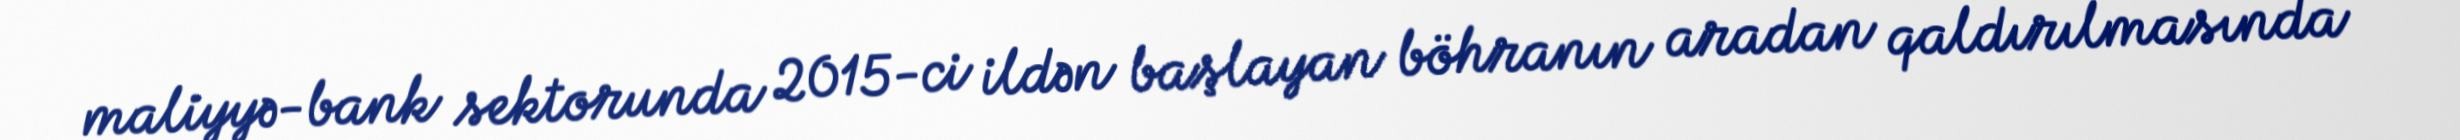
maliyyə-bank sektorunda 2015-ci ildən başlayan böhranın aradan qaldırılmasında